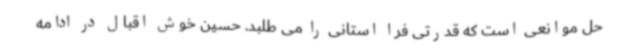
حل موانعی است که قدرتی فرا استانی را می طلبد. حسین خوش اقبال در ادامه